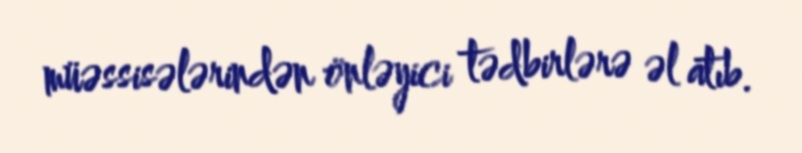
müəssisələrindən önləyici tədbirlərə əl atıb.